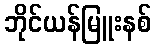
ဘိုင်ယန်မြူးနစ်